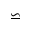
\backsimeq